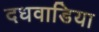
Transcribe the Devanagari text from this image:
दधवाडिया